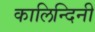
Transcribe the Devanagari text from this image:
कालिन्दिनी